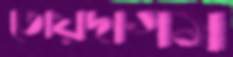
তোয়দাগম